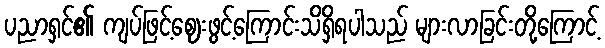
ပညာရှင်၏ ကျပ်ဖြင့်ဈေးဖွင့်ကြောင်းသိရှိရပါသည် များလာခြင်းတို့ကြောင့်